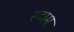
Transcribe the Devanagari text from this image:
स्टाम